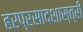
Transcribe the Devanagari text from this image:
हरप्रसादशास्त्री